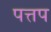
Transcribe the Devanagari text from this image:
पत्तप